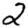
Digit: 2